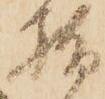
指